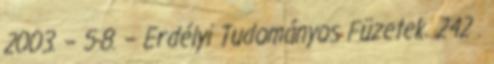
2003. – 5-8. – Erdélyi Tudományos Füzetek. 242 .